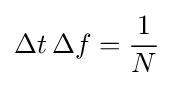
\Delta t\,\Delta f={\frac {1}{N}}